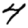
Digit: 4